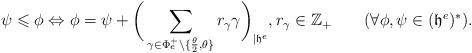
LaTeX: \begin{align*}\psi\leqslant\phi\Leftrightarrow\phi=\psi+\bigg(\sum_{\gamma\in\Phi^+_e\backslash\{\frac{\theta}{2},\theta\}}r_\gamma\gamma\bigg)_{|\mathfrak{h}^e},r_\gamma\in\mathbb{Z}_+\qquad(\forall\phi,\psi\in(\mathfrak{h}^e)^*).\end{align*}